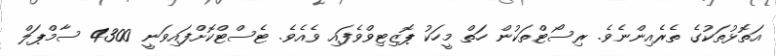
އަތޮޅުތަކުގެ ތެރެއިންނެވެ. ރިސޯޓްތަކުން ހަތް މީހަކު ޕޮޒިޓިވްވެފައި ވެއެެވެ. ޓެސްޓްކޮށްފައިވަނީ 4300 ސާމްޕަލް